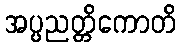
အပ္ပညတ္တိကောတိ